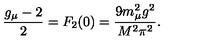
\frac { g _ { \mu } - 2 } { 2 } = F _ { 2 } ( 0 ) = \frac { 9 m _ { \mu } ^ { 2 } g ^ { 2 } } { M ^ { 2 } \pi ^ { 2 } } .